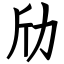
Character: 劤